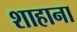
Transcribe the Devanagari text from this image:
शाहाना